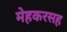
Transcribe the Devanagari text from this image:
मेहकरसह